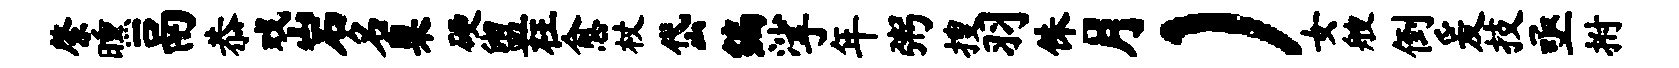
綮曛鬲恭戏岩名臬硬盥枉愈杖岱编挲年粥搜羽侏月）女艘倒爰技亟拊